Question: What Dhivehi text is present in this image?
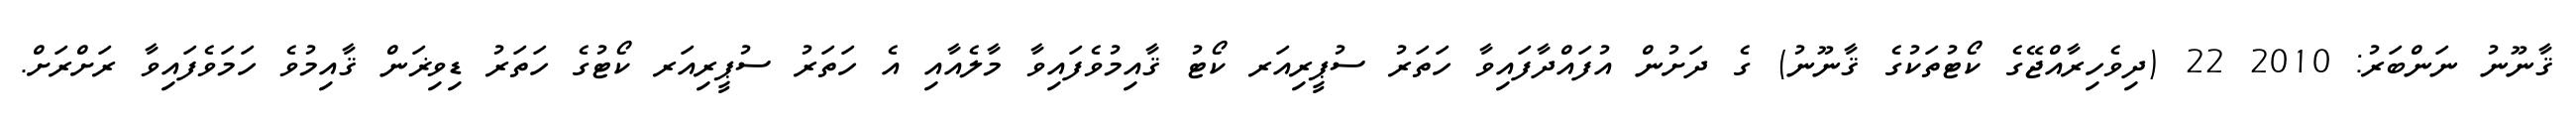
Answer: ޤާނޫނު ނަންބަރު: 2010 22 (ދިވެހިރާއްޖޭގެ ކޯޓުތަކުގެ ޤާނޫނު) ގެ ދަށުން އުފައްދާފައިވާ ހަތަރު ސުޕީރިއަރ ކޯޓު ޤާއިމުވެފައިވާ މާލެއާއި އެ ހަތަރު ސުޕީރިއަރ ކޯޓުގެ ހަތަރު ޑިވިޜަން ޤާއިމުވެ ހަމަވެފައިވާ ރަށްރަށް.